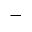
-